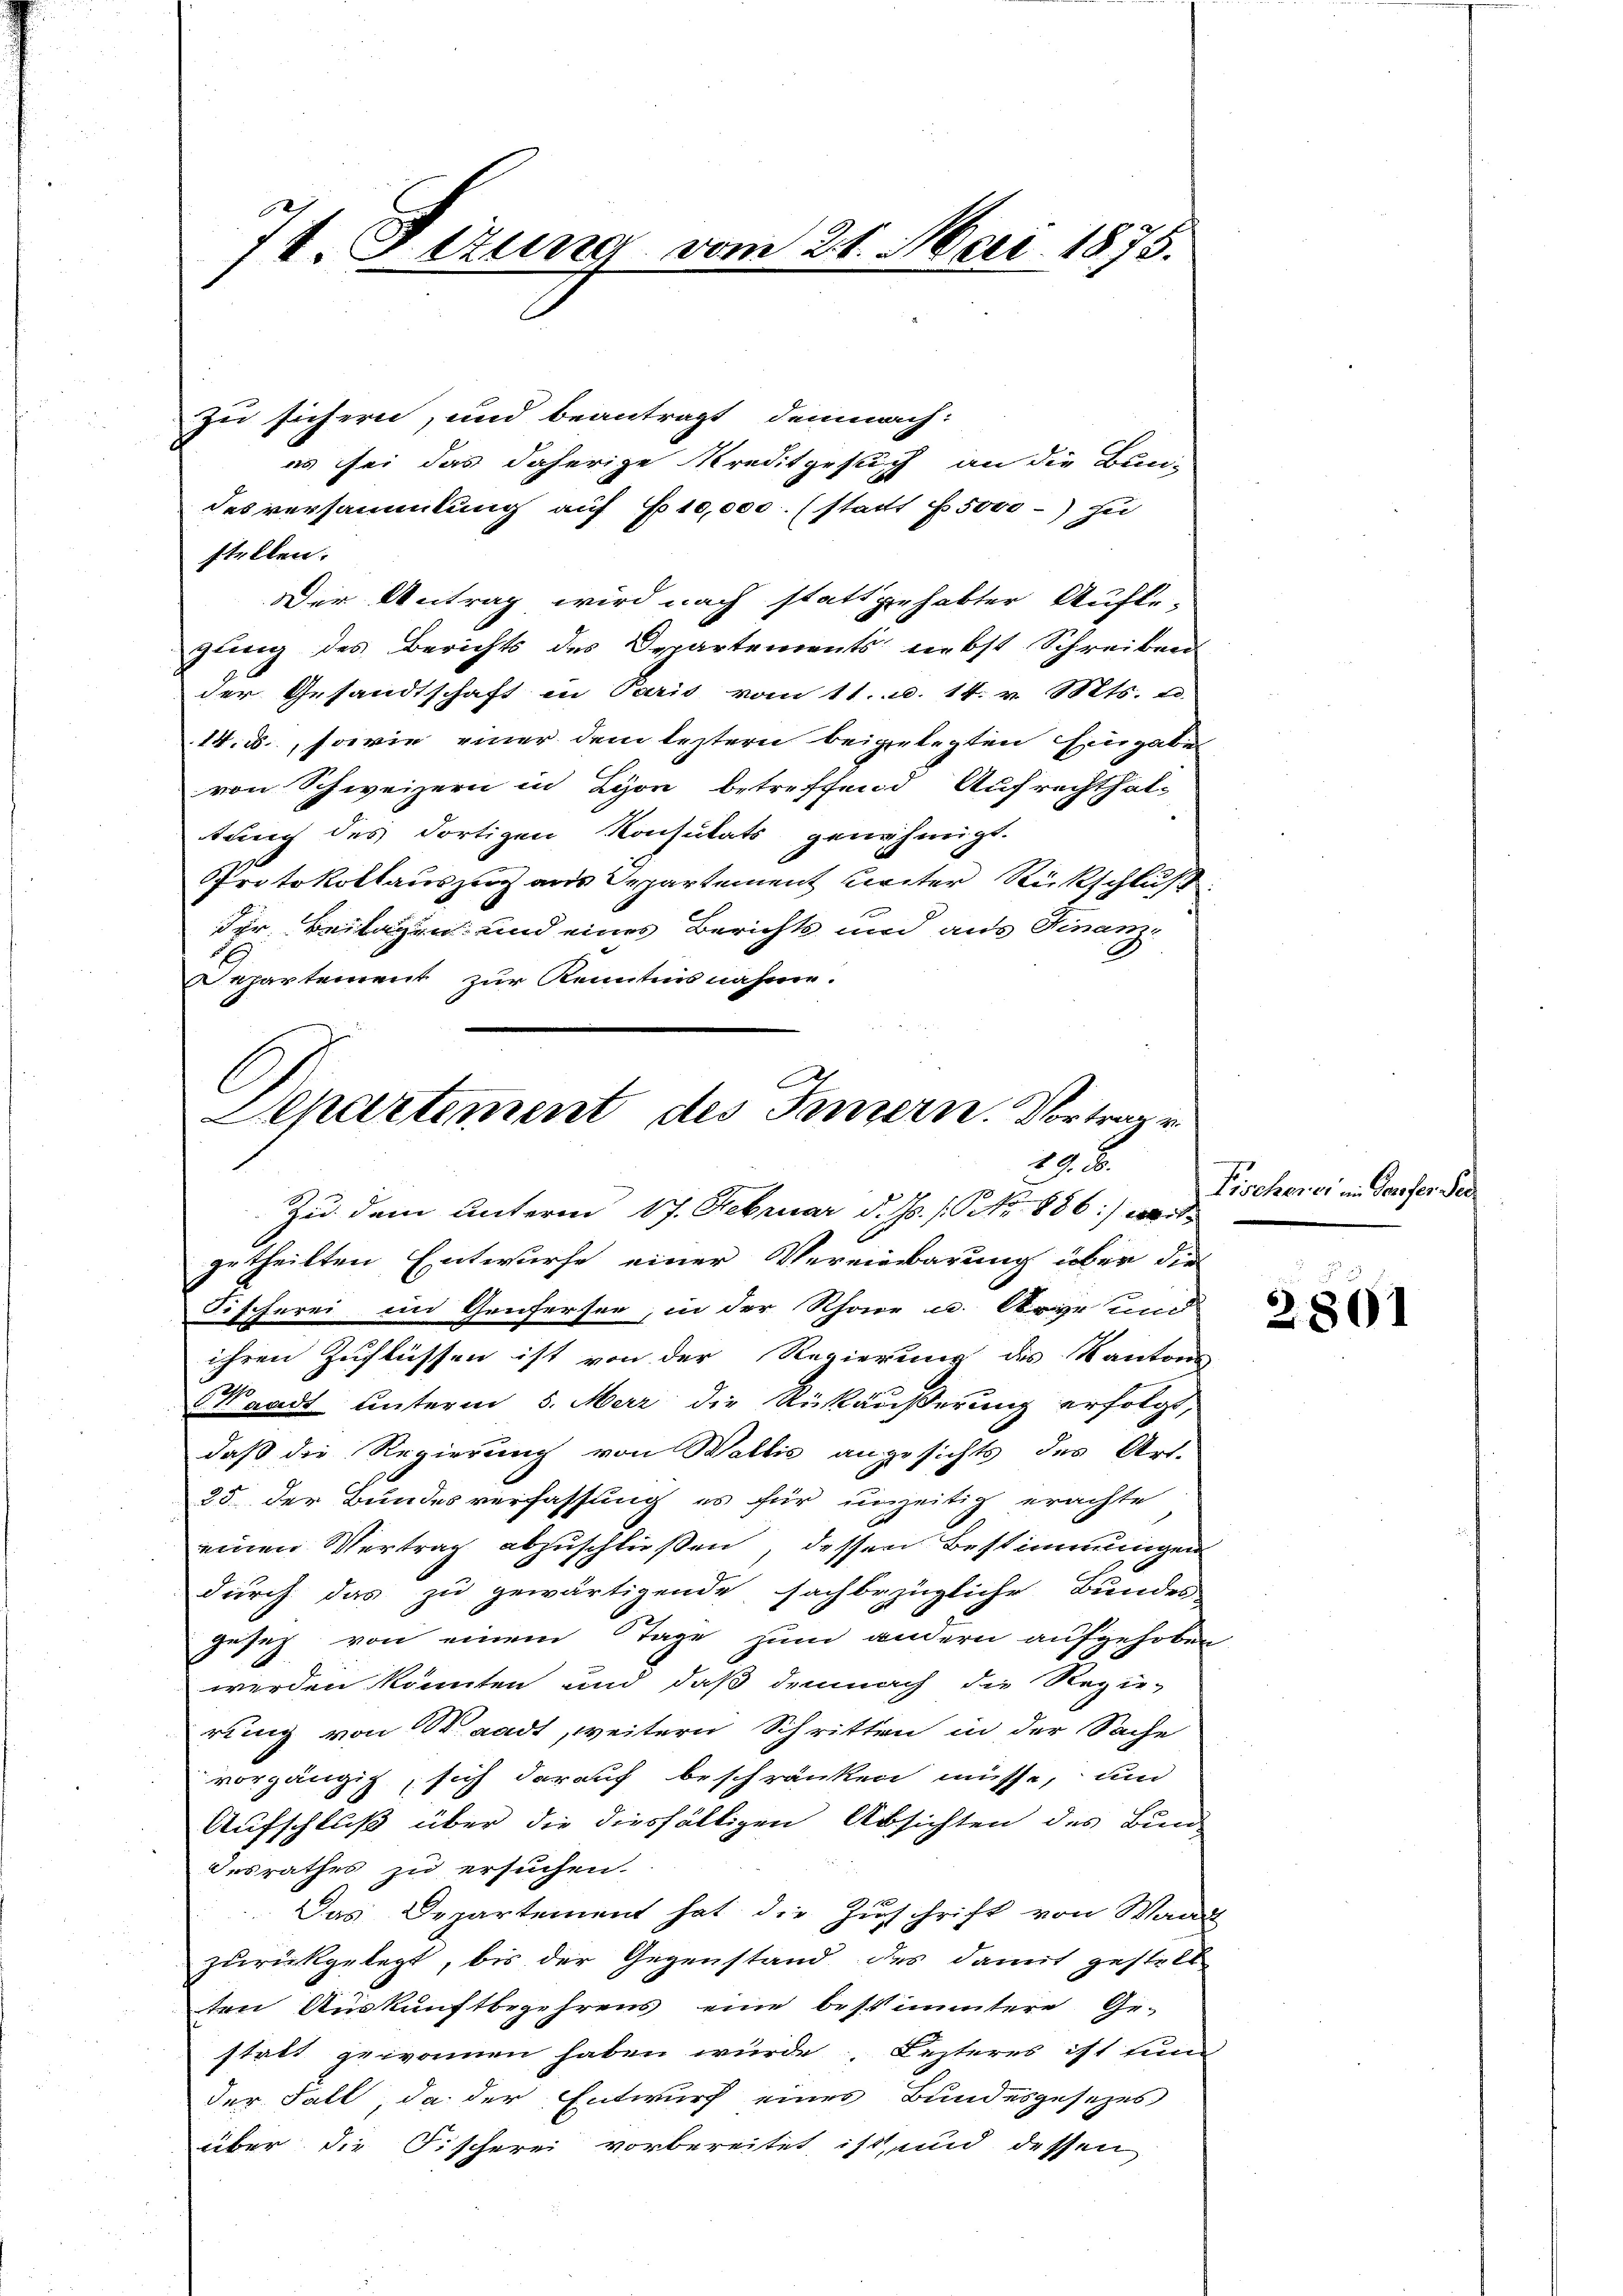
74 Titung vom 21. Mai 1875.

zu sichern, und beantragt demnach:
es sei das daherige Kreditgesuch an die Bun-
des versammlung auf 10,000. (statt f 5000 zu
stellen.
Der Antrag wird nach stattgehabter Aufle-
gling des Berichts des Departements nebst Schreiben
der Gesandtschaft in Paris vom 11. d. 14. v. Mts. z.
14. ds., sowie einer dem leztern beigelegten Eingaben
von Schweizern in Lyon betreffend Aufrechthaltung des dortigen Konsulats genehmigt.
Protokollauszug aus Departement weiter Rückschluß
dir. Beilagen und eines Berichts und aus Finanz-
Departement zur Kenntnisnahme.
Zu dem Unterm 17. Februar d. Js. [No 886) mit
getheilten Entwurfe einer Vereinbarung über die
Fischerei im Genfersee, in der Rhone u. Arie und
ihren Zuflüssen ist von der Regierung des Kantons
Waadt unterm 5. Merz die Unkäußerung erfolgt,
daß die Regierung von Wallis angesichts des Art.
25 der Bundesverfassung es für unzeitig erachte
einen Vertrag abzuschließen, dessen Bestimmungen
durch das zu gewärtigende sachbezügliche Bundes
gesez von einem Tage zum andern aufgehoben
werden könnten und daß demnach die Regie-
rung von Waadt, weitern Schritten in der Sache
vorgängig, sich darauf beschränken müsse, und
Aufschluß über die diesfälligen Absichten des Bund
desrathes zu ersuchen.
Das Departement hat die Zŭschrift von Waad
zurückgelegt, bis der Gegenstand des damit gestell
ten Auskunftbegehrens eine bestimmtere Ge-
statt gewonnen haben würde, Lezteres ist zum
der Fall, da der Entwurf eines Bundesgesezes
über die Fischerei vorbereitet ist, und dessen

Departement des Innern. Vortrage
1.

Fischerer in Taufer Ser

2801